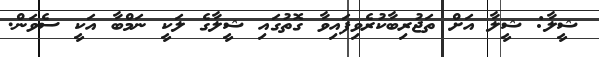
ޝީލާ: ޝީލާ އަށް ތަޖުރިބާކުރެވިފައިވާ ގޮތުގައި ޝީލާގެ ލަކީ ނަމްބާ އަކީ ސެވަން.